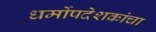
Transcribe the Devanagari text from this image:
धर्मोपदेशकांचा